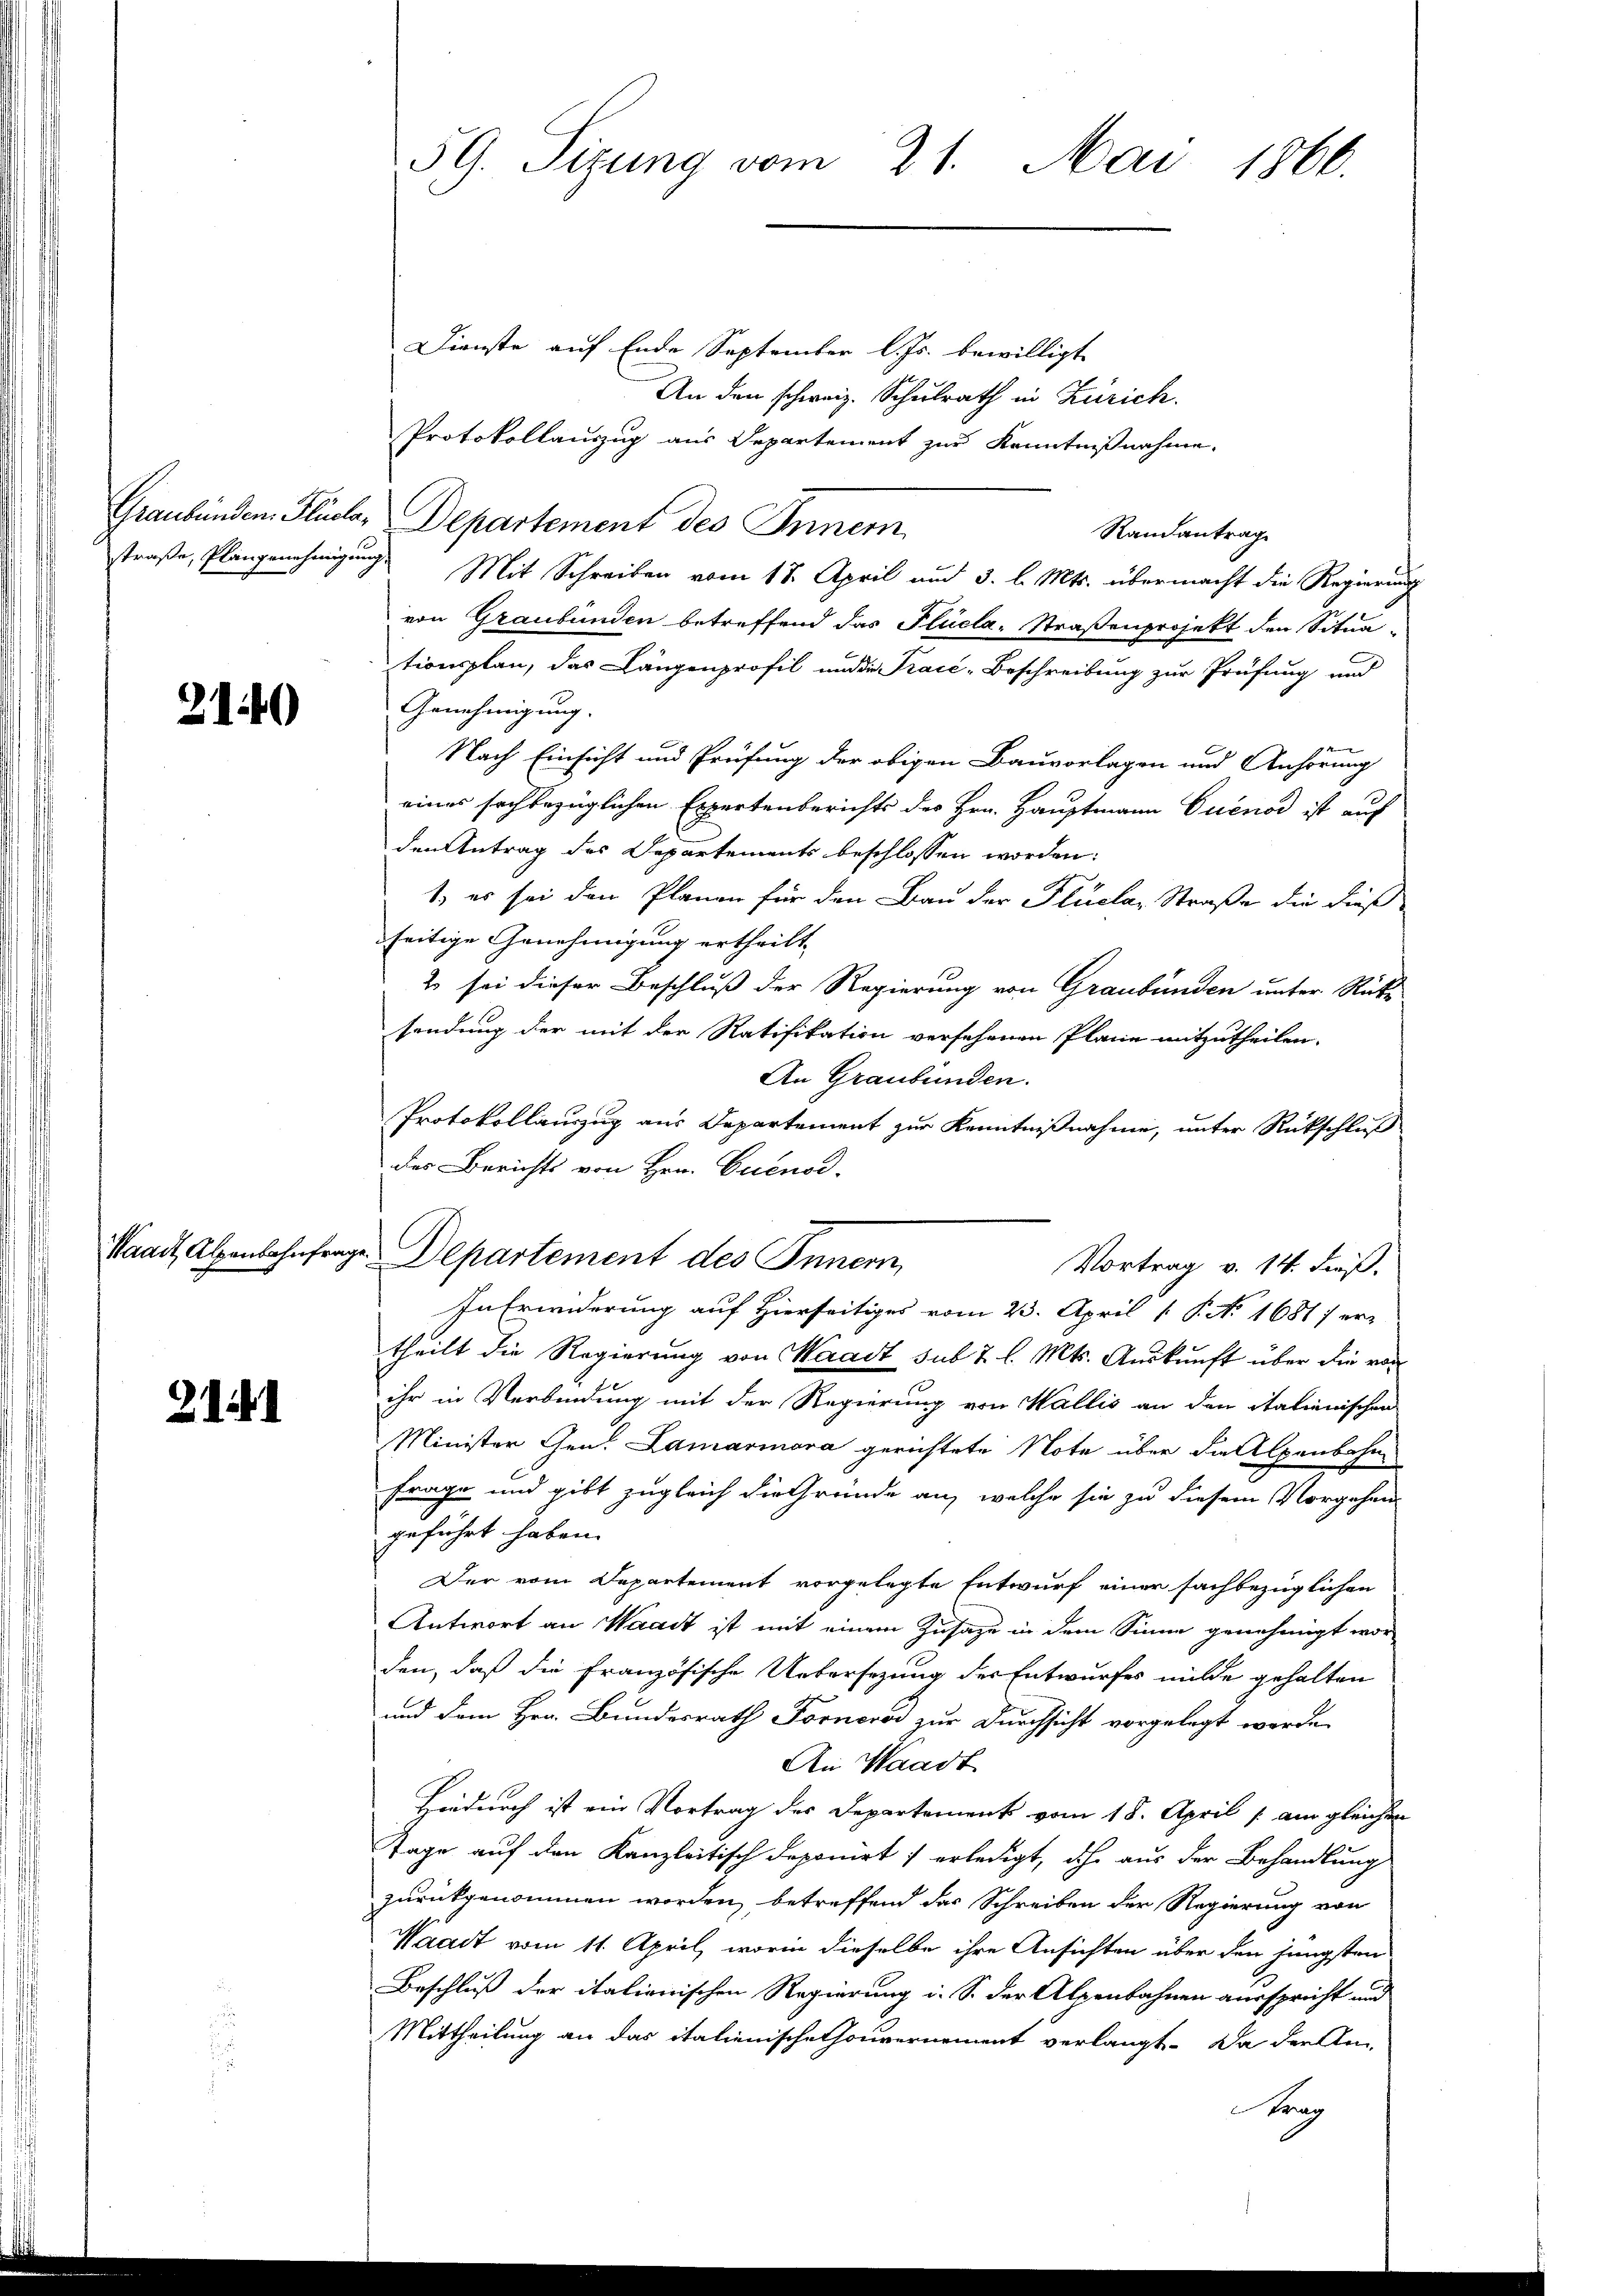
210)

Waadt, Alpenbahnfrag

21.

59. Sizung vom 21. Mai 1866.

Dienste auf Ende September l. Js. bewilligt
An den schweiz. Schulrath in Zürich.
Protokollauszug aus Departement zur Kenntnißnahme.
Graubünden Pluclo, Departement des Inner
Randantrag
straße, Plangenehmigung Mit Schreiben vom 18. April und 3. l. Mts. übermacht die Regierung
von Graubünden betreffend das Flüela- Straßenprojekt den Situa
tionsplan, das Längenprofil und die Trace-Beschreibung zur Prüfung und
Genehmigung.
Nach Einsicht und Prüfung der obigen Bauvorlagen und Anhörung
eines sachbezüglichen Expertenberichts des Hrn. Hauptmann Buenos ist auf
den Antrag des Departements beschlossen worden:
1. es sei den Planen für den Bau der Flüeler Straße die dieß
seitige Genehmigung ertheilt.
2 sei dieser Beschluß der Regierung von Graubünden unter Rücke
sendung der mit der Ratifikation versehenen Plane mitzutheilen.
An Graubünden.
Protokollauszug aus Departement zur Kenntnißnahme, unter Rückschluß
des Berichts von Hrn. Cuenod.
v. Departement des Innern,
Vortrag v. 14. dieß.
In Erwiderung auf Hierseitiges vom 23. April 18. No. 1681) er-
theilt die Regierung von Waadt sub 7 l. Mts. Auskunft über die von
ihr in Verbindung mit der Regierung von Wallis an den italienischen
Minister Gen. Lamarmora gerichtete Note über die Alpenbahn
Frage und gibt zugleich die Gründe an, welche sie zu diesem Vorgehen
geführt haben.
Der vom Departement vorgelegte Entwurf einer sachbezüglichen
Antwort an Waadt ist mit einem Zusage in dem Sinne genehmigt wor
den, daß die Französische Uebersezung der Entwurfes milde gehalten
und dem Hrn. Bundesrath Forneros zur Durchsicht vorgelegt werde,
An Waadt
Hiedurch ist ein Vortrag des Departement vom 18. April [ am gleichen
Tage auf den Kanzleitisch deponirt erledigt, ihr aus der Behandlung
zurückgenommen worden, betreffend des Schreiben der Regierung von
Waadt vom 11. April, worin dieselbe ihre Ansichten über den jüngsten
Beschluß der italienischen Regierung i. S. der Alpenbahnen ausspricht und
Mittheilung an das italienische Thouvernement verlangt. Da der An-
trag